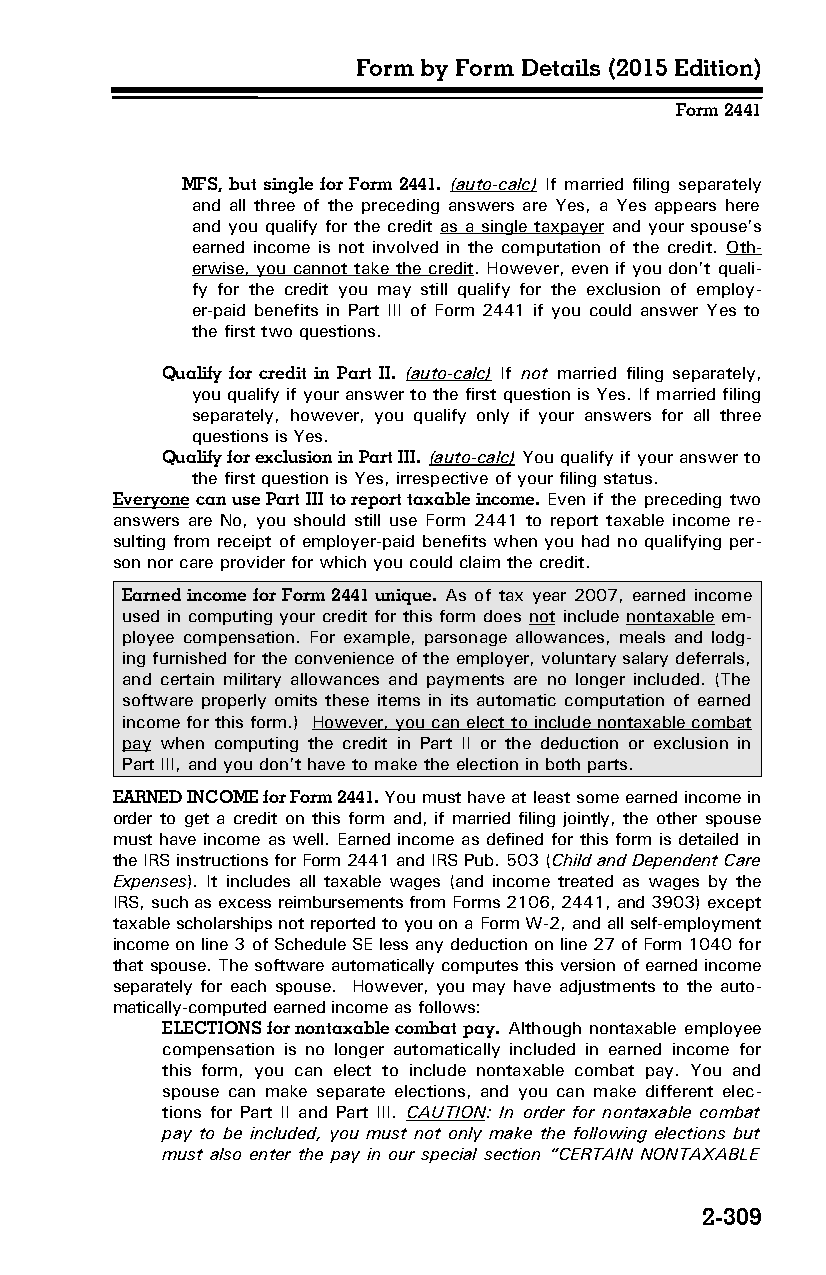
Form by Form Details (2015 Edition)
 Form 2441
 MFS, but single for Form 2441. (auto-calc) If married filing separately
 and all three of the preceding answers are Yes, a Yes appears here
 and you qualify for the credit as a single taxpayer and your spouse’s
 earned income is not involved in the computation of the credit. Oth­
 erwise, you cannot take the credit. However, even if you don’t quali­
 fy for the credit you may still qualify for the exclusion of employ­
 er-paid benefits in Part III of Form 2441 if you could answer Yes to
 the first two questions.
 Qualify for credit in Part II. (auto-calc) If not married filing separately,
 you qualify if your answer to the first question is Yes. If married filing
 separately, however, you qualify only if your answers for all three
 questions is Yes.
 Qualify for exclusion in Part III. (auto-calc) You qualify if your answer to
 the first question is Yes, irrespective of your filing status.
 Everyone can use Part III to report taxable income. Even if the preceding two
 answers are No, you should still use Form 2441 to report taxable income re­
 sulting from receipt of employer-paid benefits when you had no qualifying per­
 son nor care provider for which you could claim the credit.
 Earned income for Form 2441 unique. As of tax year 2007, earned income
 used in computing your credit for this form does not include nontaxable em­
 ployee compensation. For example, parsonage allowances, meals and lodg­
 ing furnished for the convenience of the employer, voluntary salary deferrals,
 and certain military allowances and payments are no longer included. (The
 software properly omits these items in its automatic computation of earned
 income for this form.) However, you can elect to include nontaxable combat
 pay when computing the credit in Part II or the deduction or exclusion in
 Part III, and you don’t have to make the election in both parts.
 EARNED INCOME for Form 2441. You must have at least some earned income in
 order to get a credit on this form and, if married filing jointly, the other spouse
 must have income as well. Earned income as defined for this form is detailed in
 the IRS instructions for Form 2441 and IRS Pub. 503 (Child and Dependent Care
 Expenses). It includes all taxable wages (and income treated as wages by the
 IRS, such as excess reimbursements from Forms 2106, 2441, and 3903) except
 taxable scholarships not reported to you on a Form W-2, and all self-employment
 income on line 3 of Schedule SE less any deduction on line 27 of Form 1040 for
 that spouse. The software automatically computes this version of earned income
 separately for each spouse. However, you may have adjustments to the auto­
 matically-computed earned income as follows:
 ELECTIONS for nontaxable combat pay. Although nontaxable employee
 compensation is no longer automatically included in earned income for
 this form, you can elect to include nontaxable combat pay. You and
 spouse can make separate elections, and you can make different elec­
 tions for Part II and Part III. CAUTION: In order for nontaxable combat
 pay to be included, you must not only make the following elections but
 must also enter the pay in our special section “CERTAIN NONTAXABLE
 2-309